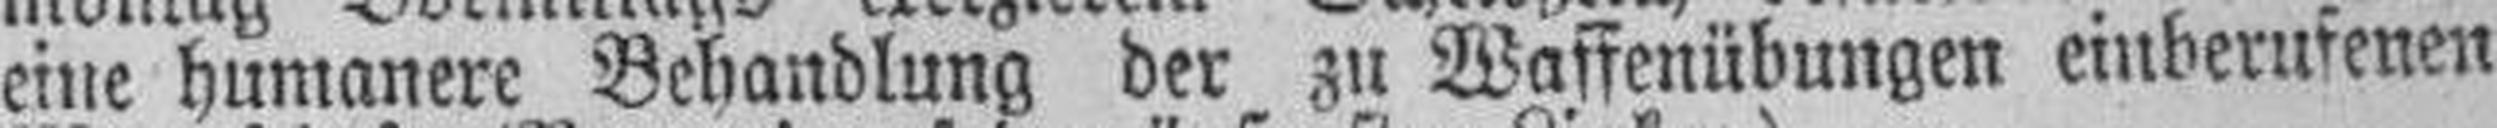
eine humanere Behandlung der zu Waffenübungen einbernfenen